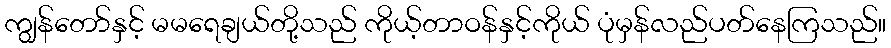
ကျွန်တော်နှင့် မမရေချယ်တို့သည် ကိုယ့်တာဝန်နှင့်ကိုယ် ပုံမှန်လည်ပတ်နေကြသည်။